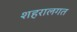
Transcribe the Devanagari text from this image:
शहरालगत